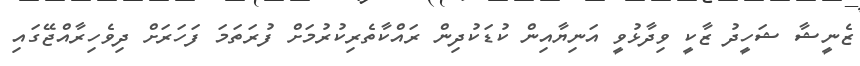
ޒެނީޝާ ޝަހީދު ޒާކީ ވިދާޅުވީ އަނިޔާއިން ކުޑަކުދިން ރައްކާތެރިކުރުމަށް ފުރަތަމަ ފަހަރަށް ދިވެހިރާއްޖޭގައި